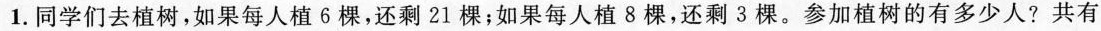
1. 同学们去植树，如果每人植6棵，还剩21棵；如果每人植8棵，还剩3棵。参加植树的有多少人?共有